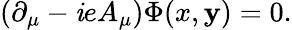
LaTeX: (\partial_{\mu}-\mathit{i}eA_{\mu})\Phi(x,\mathbf{y})=0.